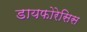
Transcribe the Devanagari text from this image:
डायफोरेसिस